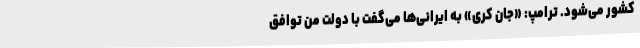
کشور می‌شود. ترامپ: «جان کری» به ایرانی‌ها می‌گفت با دولت من توافق